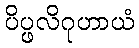
ပိပ္ဖလိဂုဟာယံ